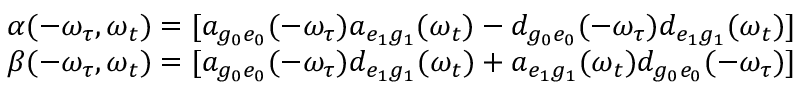
\begin{array} { r } { \alpha ( - \omega _ { \tau } , \omega _ { t } ) = [ a _ { g _ { 0 } e _ { 0 } } ( - \omega _ { \tau } ) a _ { e _ { 1 } g _ { 1 } } ( \omega _ { t } ) - d _ { g _ { 0 } e _ { 0 } } ( - \omega _ { \tau } ) d _ { e _ { 1 } g _ { 1 } } ( \omega _ { t } ) ] } \\ { \beta ( - \omega _ { \tau } , \omega _ { t } ) = [ a _ { g _ { 0 } e _ { 0 } } ( - \omega _ { \tau } ) d _ { e _ { 1 } g _ { 1 } } ( \omega _ { t } ) + a _ { e _ { 1 } g _ { 1 } } ( \omega _ { t } ) d _ { g _ { 0 } e _ { 0 } } ( - \omega _ { \tau } ) ] } \end{array}